Report of an investigation into the causes of malaria in Bombay and the measures necessary for its control
Disease focus: Malaria
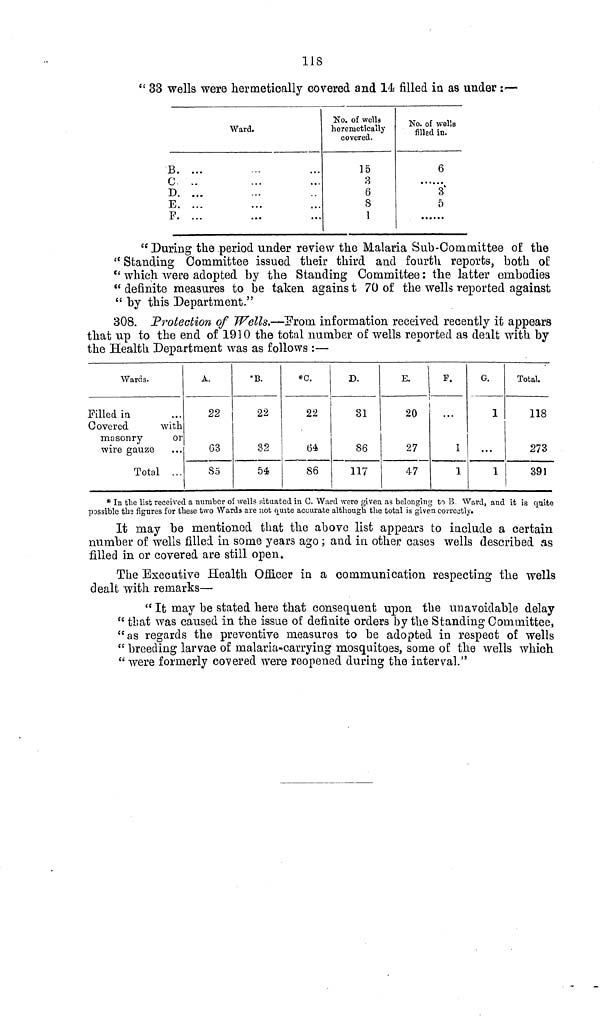
118
" 33 wells were hermetically covered and 14 filled in as under : —
Ward.
B. ...
C. D. ...
E. ...
P. ...
No. of wells
heremetically
covered.
15
3
6
8
1
No. of wells
filled in.
6
3
5
" During the period under review the Malaria Sub-Committee of the
"Standing Committee issued their third and fourth reports, both of
u which were adopted by the Standing Committee: the latter embodies
" definite measures to be taken against 70 of the wells reported against
" by this Department."
308. Protection of Wells.—From information received recently it appears
that up to the end of 1910 the total number of wells reported as dealt with by
the Health Department was as follows :—
Wards.
Pilled in
Covered
with
masonry
or
wire gauze
Total ...
A.
22
63
S5
*B.
22
32
54
•0.
22
64
86
D.
31
86
117
E.
20
27
47
F.
1
1
G.
1
...
1
Total.
118
273
391
* In the list received a number of wells situated in C. Ward were given as belonging to B. Ward, and it is quite
possible the figures for these two Wards are not quite accurate although the total is given correctly.
It may be mentioned that the above list appears to include a certain
number of wells filled in some years ago; and in other cases wells described as
filled in or covered are still open.
The Executive Health Officer in a communication respecting the wells
dealt with remarks—
" It may be stated here that consequent upon the unavoidable delay
" that was caused in the issue of definite orders by the Standing Committee,
"as regards the preventive measures to be adopted in respect of wells
" breeding larvae of malaria-carrying mosquitoes, some of the wells which
" were formerly covered were reopened during the interval."